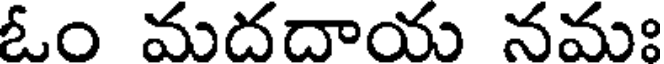
ఓం మదదాయ నమః